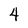
Character: 4